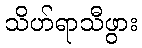
သိဟ်ရာသီဖွား